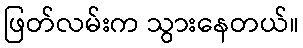
ဖြတ်လမ်းက သွားနေတယ်။